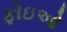
ફોઇઓ